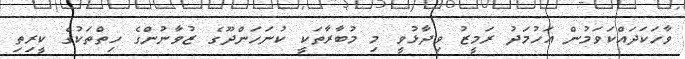
ވާހަކަދައްކަވަމުން އަހުމަދު ރަމީޒު ވިދާޅުވީ މި މުބާރާތަކީ ކުނަހަންދޫގެ ޒުވާނުންގެ ހިތްތަކުގެ ކީރިތި